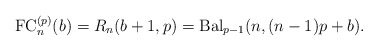
\begin{gather*}{\rm FC}_{n}^{(p)}(b)=R_{n}(b+1,p)={\rm Bal}_{p-1}(n,(n-1) p+b).\end{gather*}